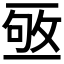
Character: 𠄹